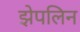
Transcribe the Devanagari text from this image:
झेपलिन